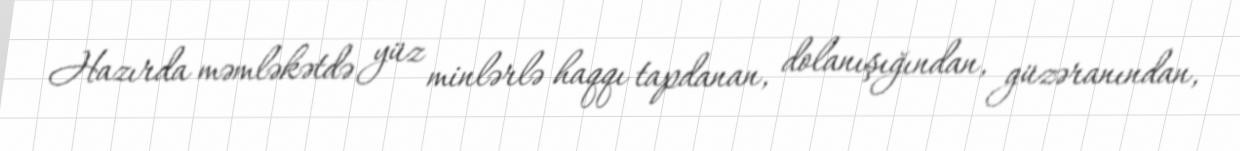
Hazırda məmləkətdə yüz minlərlə haqqı tapdanan, dolanışığından, güzəranından,